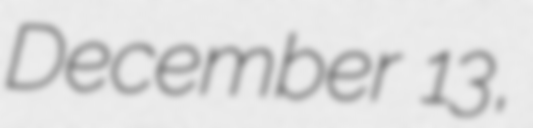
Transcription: December 13,